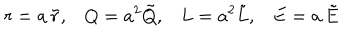
LaTeX: r = a \, \tilde { r } , Q = a ^ { 2 } \tilde { Q } , L = a ^ { 2 } \tilde { L } , E = a \, \tilde { E }